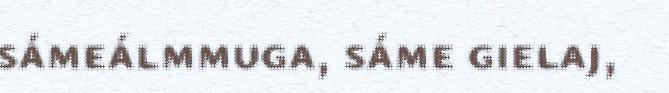
sámeálmmuga, sáme gielaj,